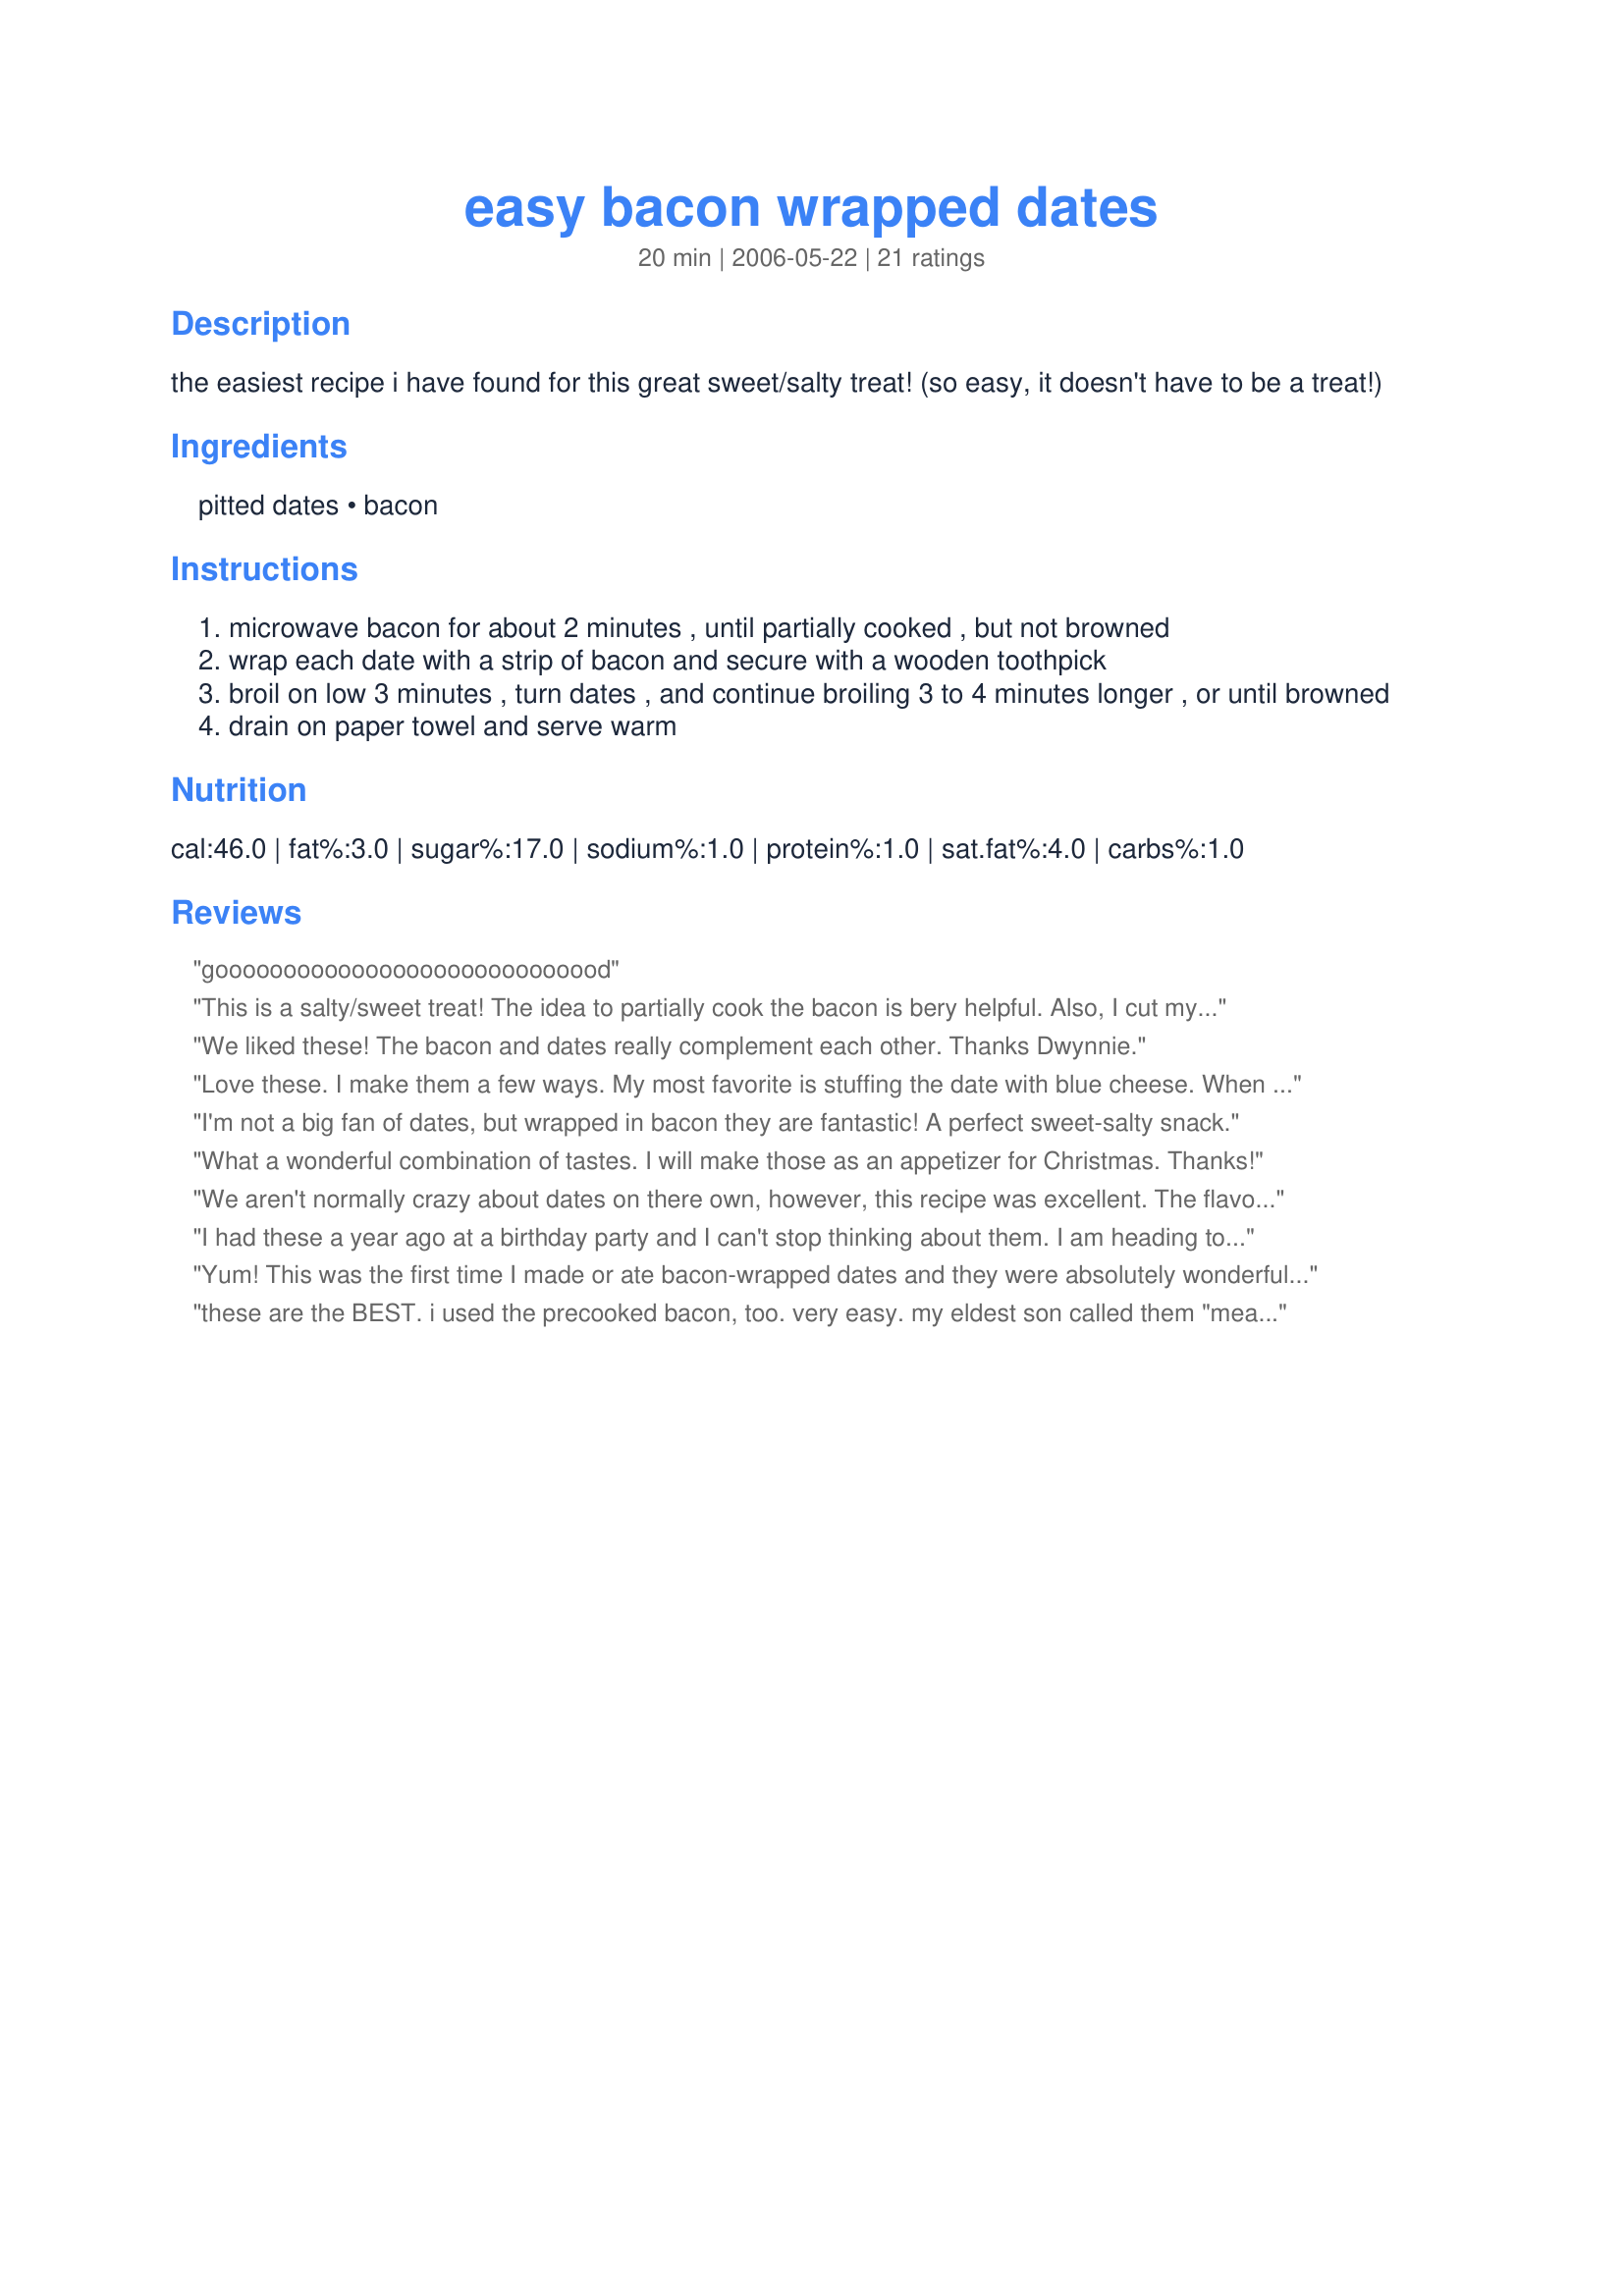
easy bacon wrapped dates
Preparation time: 20 minutes

the easiest recipe i have found for this great sweet/salty treat! (so easy, it doesn't have to be a treat!)

Ingredients:
pitted dates, bacon

Steps:
microwave bacon for about 2 minutes , until partially cooked , but not browned
wrap each date with a strip of bacon and secure with a wooden toothpick
broil on low 3 minutes , turn dates , and continue broiling 3 to 4 minutes longer , or until browned
drain on paper towel and serve warm

Reviews:
gooooooooooooooooooooooooooood
This is a salty/sweet treat! The idea to partially cook the bacon is bery helpful. Also, I cut my bacon smaller so it only wraps around the date once or else it doesn't get cooked all the way and I like my bacon crisp. If you don't want to use the broil because of potential splattering, you can fry these up in a pan. These are always a hit!
We liked these! The bacon and dates really complement each other. Thanks Dwynnie.
Love these. I make them a few ways. My most favorite is stuffing the date with blue cheese. When they are just finished being cooked drizzle Balsamic glaze over them. On my lord delicious.
I'm not a big fan of dates, but wrapped in bacon they are fantastic! A perfect sweet-salty snack.
What a wonderful combination of tastes. I will make those as an appetizer for Christmas. Thanks!
We aren't normally crazy about dates on there own, however, this recipe was excellent. The flavours compliment very well and you can hardly tell they are dates wrapped inside anyhow... the morsles melt in your mouth.
I had these a year ago at a birthday party and I can't stop thinking about them. I am heading to the store in the morning for dates and bacon! Thanks! :D
Yum! This was the first time I made or ate bacon-wrapped dates and they were absolutely wonderful! Super easy, too! Thanks for sharing the recipe!
these are the BEST. i used the precooked bacon, too. very easy. my eldest son called them "meat candy!"
I have used both bacon (only wrap once) and now use pancetta. (sp?) It works really well because it is so thin and you still get the salt. It cooks so much quicker. I also put some blue cheese into the dates. This is the first appetizer to disappear!
One of our party app favorites. we don't nuke the bacon first though, we just wrap the dates and cook it through. Everyone loves these!
Great little treat, I also cut the bacon into half so that it cookes crispy and overall we all enjoyed the snack bites very much!! ThnX
I bought a container of dates at Costco, and then didn't know what to do with so many of them. What a find this recipe is! Looking forward to trying these - will come back and change the number of stars if I need to, but sounds like they will be wonderful.
Quick, easy and definitely yummy! I made it even easier by using pre-cooked bacon. It is supple enough to wrap around the dates, but crisps up nicely under the broiler. Thanks for sharing the recipe!
I don't have a microwave, so I did mine in the oven on 400 for about 15 minutes. They were wonderful!
I made these for a family get-together in Oct/2011. These are fabulous...I call them a DATE WITH A PIG :) Thank you for posting!
please help me, would love to make these, my question to u, is that do they serve immediatly, or can it be served at room. temperature, i love the bleu cheese idea.
These were really good, I stuffed the date with aged parmesan and sprinkled the bacon with brown sugar. The kids were eating them and had no idea they were eating dates.
I have made these for years and to make this better, coat the franks in brown sugar and cook as directed. This is awesome! 5 stars won't be enough....
Tasted like maple syrup and bacon....very tasty!
